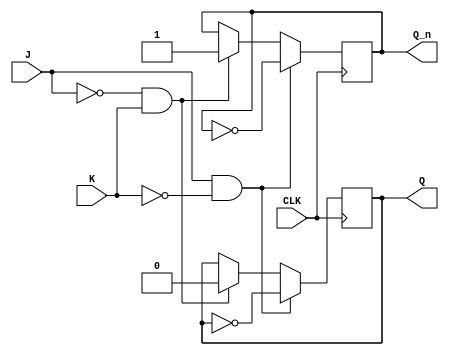
module neg_edge_jk_ff(
    input J,
    input K,
    input CLK,
    output reg Q,
    output reg Q_n
);

reg Q_next, Q_n_next;

always @(negedge CLK) begin
    if(J & ~K) begin
        Q_next <= ~Q;
        Q_n_next <= ~Q_n;
    end else if(~J & K) begin
        Q_next <= 1'b0;
        Q_n_next <= 1'b1;
    end else if(J & K) begin
        Q_next <= Q;
        Q_n_next <= Q_n;
    end else begin
        Q_next <= Q;
        Q_n_next <= Q_n;
    end
end

always @(*) begin
    Q <= Q_next;
    Q_n <= Q_n_next;
end

endmodule